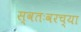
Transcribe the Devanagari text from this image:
स्वतःवरच्या